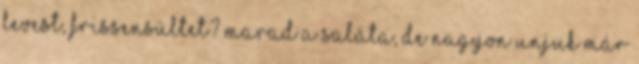
levest, frissensültet? Marad a saláta, de nagyon unjuk már